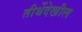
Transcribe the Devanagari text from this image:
तीर्थेदेखील